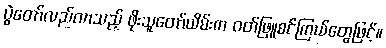
ပွဲတော်လည်လာသည့် ဖိုးသူတော်ယိမ်းက ဝတ်ဖြူစင်ကြယ်တွေဖြင့်။